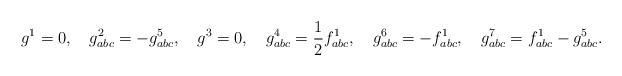
LaTeX: \begin{align*}g^ 1=0,\quad g^2_{abc} = -g^ 5_{abc}, \quad g^ 3=0, \quad g^4_{abc}=\frac{1}{2}f^1_{abc}, \quad g^ 6_{abc}=-f^ 1_{abc},\quad g^ 7_{abc}=f^ 1_{abc}-g^5_{abc}.\end{align*}